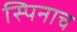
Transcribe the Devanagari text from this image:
स्पिनाच